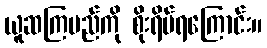
ယူဆကြမည်ကို စိုးရိမ်ရကြောင်း။